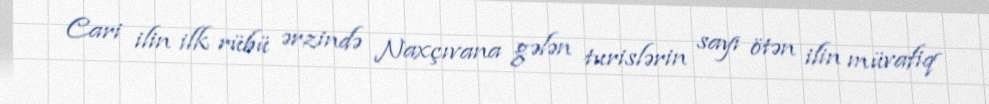
Cari ilin ilk rübü ərzində Naxçıvana gələn turislərin sayı ötən ilin müvafiq